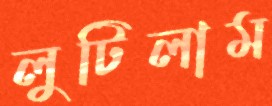
লুটিলাম